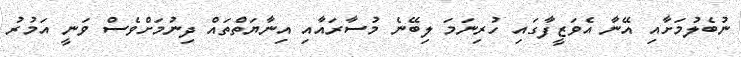
ނުބެލުމަށާއި އޭނާ އެވަޒީފާގައި ހުރިނަމަ ލިބޭނެ މުސާރައާއި އިނާޔަތްތައް ދިނުމަށްވެސް ވަނީ އަމުރު